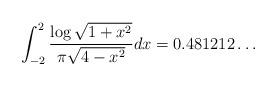
LaTeX: \begin{align*} \int_{-2}^2 \frac{\log \sqrt{1+x^2}}{\pi \sqrt{4-x^2}}dx = 0.481212\ldots \end{align*}